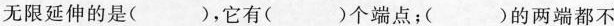
无限延伸的是（ ），它有（ ）个端点；（ ）的两端都不